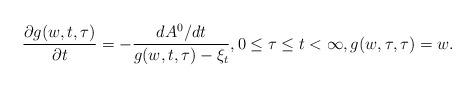
LaTeX: \begin{align*}\frac{\partial g(w,t,\tau)}{\partial t}=-\frac{d A^0/dt}{g(w,t,\tau)-\xi_t}, 0\leq \tau\leq t<\infty,g(w,\tau,\tau)=w.\end{align*}